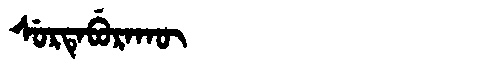
Manchu: ᠰᡠᡵᡨᡝᠪᡠᡵᠠᡴᡡ
Romanization: SURTEBURAKŪ